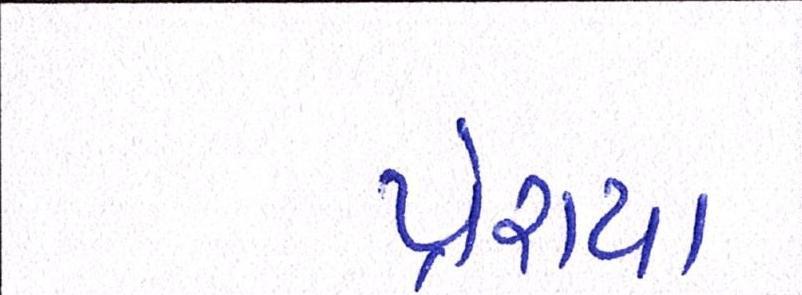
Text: પ્રેરાયા